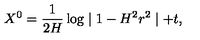
X ^ { 0 } = \frac { 1 } { 2 H } \log \mid 1 - H ^ { 2 } r ^ { 2 } \mid + t ,